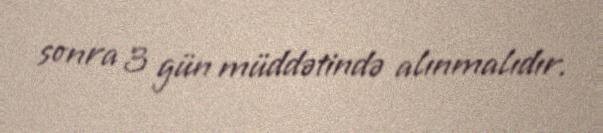
sonra 3 gün müddətində alınmalıdır.